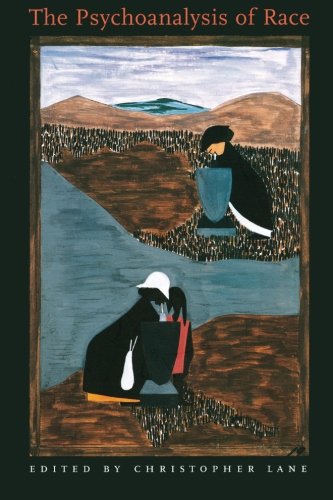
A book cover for The Psychoanalysis of Race; Medical Books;